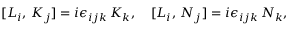
[ L _ { i } , \, K _ { j } ] = i \epsilon _ { i j k } \, K _ { k } , \quad [ L _ { i } , \, N _ { j } ] = i \epsilon _ { i j k } \, N _ { k } ,